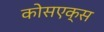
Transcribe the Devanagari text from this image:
कोसएक्स